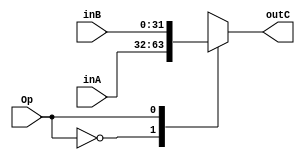
`timescale 1ns/1ns

module Multiplexor(
    input [31:0]inA,
    input [31:0]inB,
    input Op,
    output reg[31:0]outC
);

always @*
begin
    case (Op)
        1'b0:
        begin
            outC=inA;
        end
        1'b1:
        begin
            outC=inB;
        end
    endcase
end 

endmodule